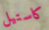
كاستيل